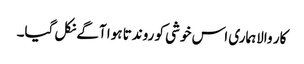
کار والاہماری اس خوشی کو روندتا ہوا آگے نکل گیا۔